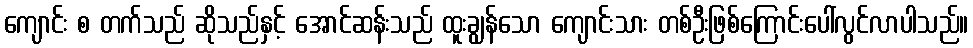
ကျောင်း စ တက်သည် ဆိုသည်နှင့် အောင်ဆန်းသည် ထူးချွန်သော ကျောင်းသား တစ်ဦးဖြစ်ကြောင်းပေါ်လွင်လာပါသည်။